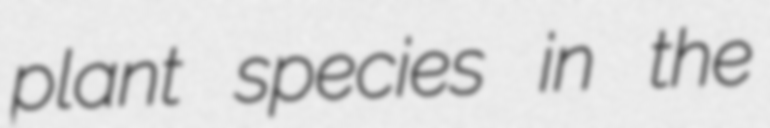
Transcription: plant species in the